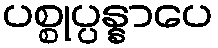
ပစ္စုပ္ပန္နာပေ